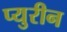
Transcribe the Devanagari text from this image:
प्युरीन